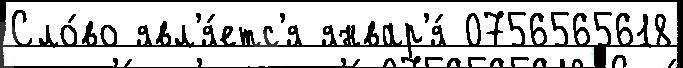
Сло́во явл'я́етс'я январ'я́ 0756565618